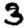
Digit: 3